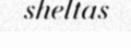
sheltas